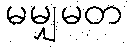
မမျှမတ